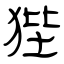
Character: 狴